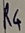
Text: R4